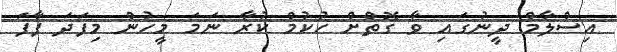
އިސްލާމް ދީނުގައި ވާ ގޮތްށް ހުކުމް ކުރާ ނަމަ މީހުން މިފަދަ ފާފަ